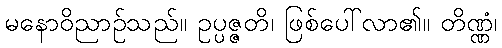
မနောဝိညာဉ်သည်။ ဥပ္ပဇ္ဇတိ၊ ဖြစ်ပေါ်လာ၏။ တိဏ္ဏံ၊